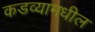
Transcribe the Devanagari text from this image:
कडव्यामधील